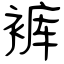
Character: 裤